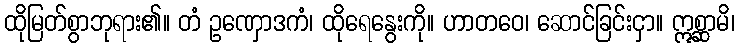
ထိုမြတ်စွာဘုရား၏။ တံ ဥဏှောဒကံ၊ ထိုရေနွေးကို။ ဟာတဝေ၊ ဆောင်ခြင်းငှာ။ ဣစ္ဆာမိ၊